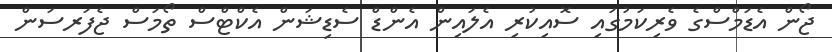
ޖޯން އެޑަމްސްގެ ވެރިކަމުގައި ސޮއިކުރި އެލައިން އެންޑް ސެޑިޝަން އެކްޓްސް ތޯމަސް ޖެފަރސަން